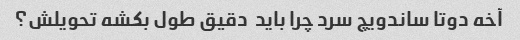
آخه دوتا ساندویچ سرد چرا باید  دقیق طول بکشه تحویلش؟